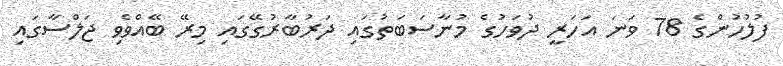
ފުލުހުންގެ 78 ވަނަ އަހަރީ ދުވަހުގެ މުނާސަބަތުގައި ދަރުބާރުގޭގައި މިރޭ ބޭއްވެވި ޖަލްސާގައި